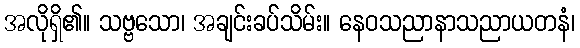
အလိုရှိ၏။ သဗ္ဗသော၊ အချင်းခပ်သိမ်း။ နေဝသညာနာသညာယတနံ၊